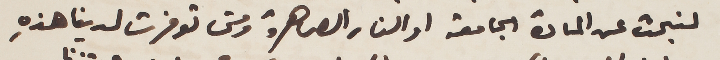
لنبحث عن المادة الجامعة او النار الصاهرة ومتى توفرت لدينا هذهِ